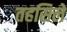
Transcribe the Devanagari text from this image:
तहसिले